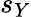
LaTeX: s_{Y}